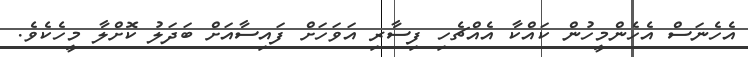
އެހެނަސް އެހެންމީހުން ކައްކާ އެއްޗެހި ފިސާރި އަވަހަށް ފައިސާއަށް ބަދަލު ކޮށްލާ މީހެކެވެ.